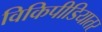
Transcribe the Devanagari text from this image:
विकिपीडियातर